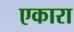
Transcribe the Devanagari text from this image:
एकारा